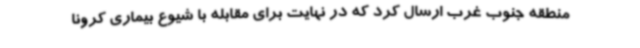
منطقه جنوب غرب ارسال کرد که در نهایت برای مقابله با شیوع بیماری کرونا